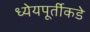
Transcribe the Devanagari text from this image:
ध्येयपूर्तीकडे